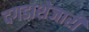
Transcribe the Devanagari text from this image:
दगडाशेजारी